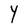
Character: Y